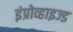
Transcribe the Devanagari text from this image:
इंप्रोव्हाइज्ड